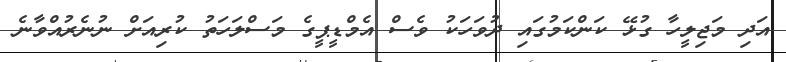
އަދި މަޖިލީހާ ގުޅޭ ކަންކަމުގައި ދުވަހަކު ވެސް އެމްޑީޕީގެ މަސްލަހަތު ކުރިއަށް ނުނެރުއްވާނެ